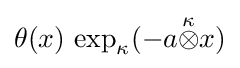
\theta (x)\,\exp _{\kappa }(-a{\stackrel {\kappa }{\otimes }}x)